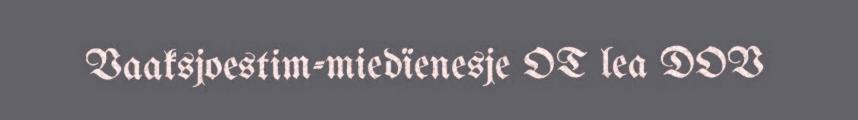
Vaaksjoestim-miedïenesje OT lea DOV